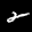
Label: 2